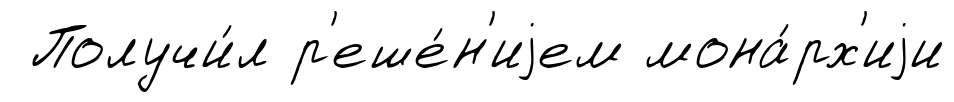
Получи́л р'еше́н'иjем мона́рх'иjи